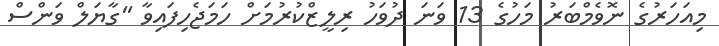
މިއަހަރުގެ ނޮވެމްބަރު މަހުގެ 13 ވަނަ ދުވަހު ރިލީޒްކުރުމަށް ހަމަޖެހިފައިވާ ''ގާޔަލް ވަންސް